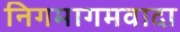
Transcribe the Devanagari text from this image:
निगमागमवादा